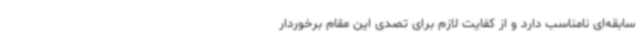
سابقه‌ای نامناسب دارد و از کفایت لازم برای تصدی این مقام برخوردار